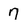
Character: 7